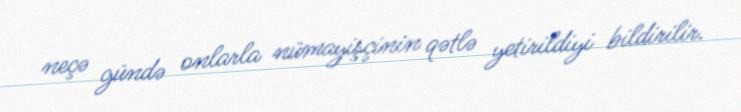
neçə gündə onlarla nümayişçinin qətlə yetirildiyi bildirilir.